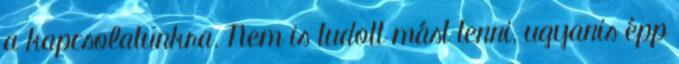
a kapcsolatunkra. Nem is tudott mást tenni, ugyanis épp